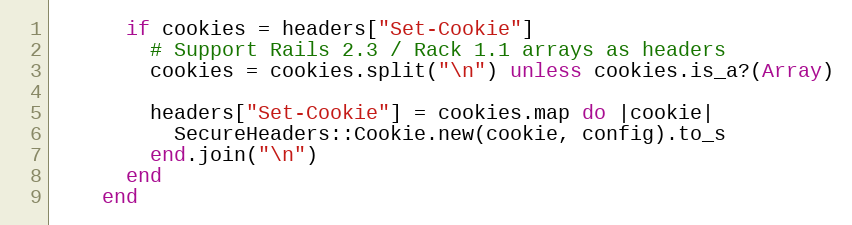
Language: Ruby
      if cookies = headers["Set-Cookie"]
        # Support Rails 2.3 / Rack 1.1 arrays as headers
        cookies = cookies.split("\n") unless cookies.is_a?(Array)

        headers["Set-Cookie"] = cookies.map do |cookie|
          SecureHeaders::Cookie.new(cookie, config).to_s
        end.join("\n")
      end
    end